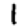
Digit: 1